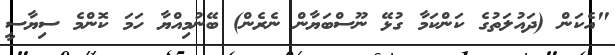
"އެކަން (ދައުލަތުގެ ކަންކަމާ ގުޅޭ ނޫސްބަޔާން ނެރެން) ބޭނުމިއްޔާ ހަމަ ކޮންމެ ސިޔާސީ